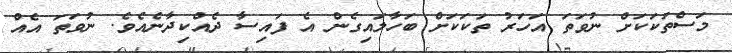
މަސްތަކަކަށް ނުވަތަ އަހަރު ތަކަކަށް ބަހާލައިގެން އެ ފައިސާ ދެއްކިދާނެއެވެ. ނުވަތަ އެއް